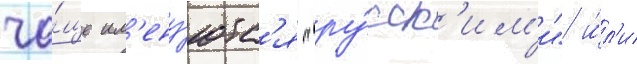
ча́ще им'ену́ютс'я "ру́сск'им'и" и́л'и